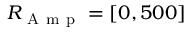
R _ { \mathrm { ~ A ~ m ~ p ~ } } = [ 0 , 5 0 0 ]